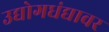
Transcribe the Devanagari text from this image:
उद्योगधंद्यावर